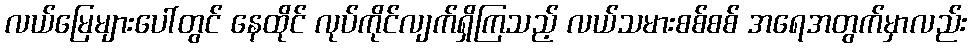
လယ်မြေများပေါ်တွင် နေထိုင် လုပ်ကိုင်လျက်ရှိကြသည့် လယ်သမားစစ်စစ် အရေအတွက်မှာလည်း